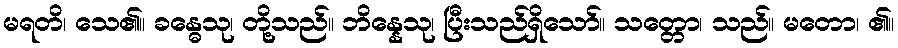
မရတိ၊ သေ၏။ ခန္ဓေသု၊ တို့သည်။ ဘိန္နေသု၊ ပြီးသည်ရှိသော်။ သတ္တော၊ သည်။ မတော၊ ၏။